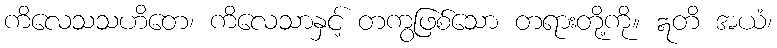
ကိလေသသဟိတေ၊ ကိလေသာနှင့် တကွဖြစ်သော တရားတို့ကို။ ဣတိ အယံ၊